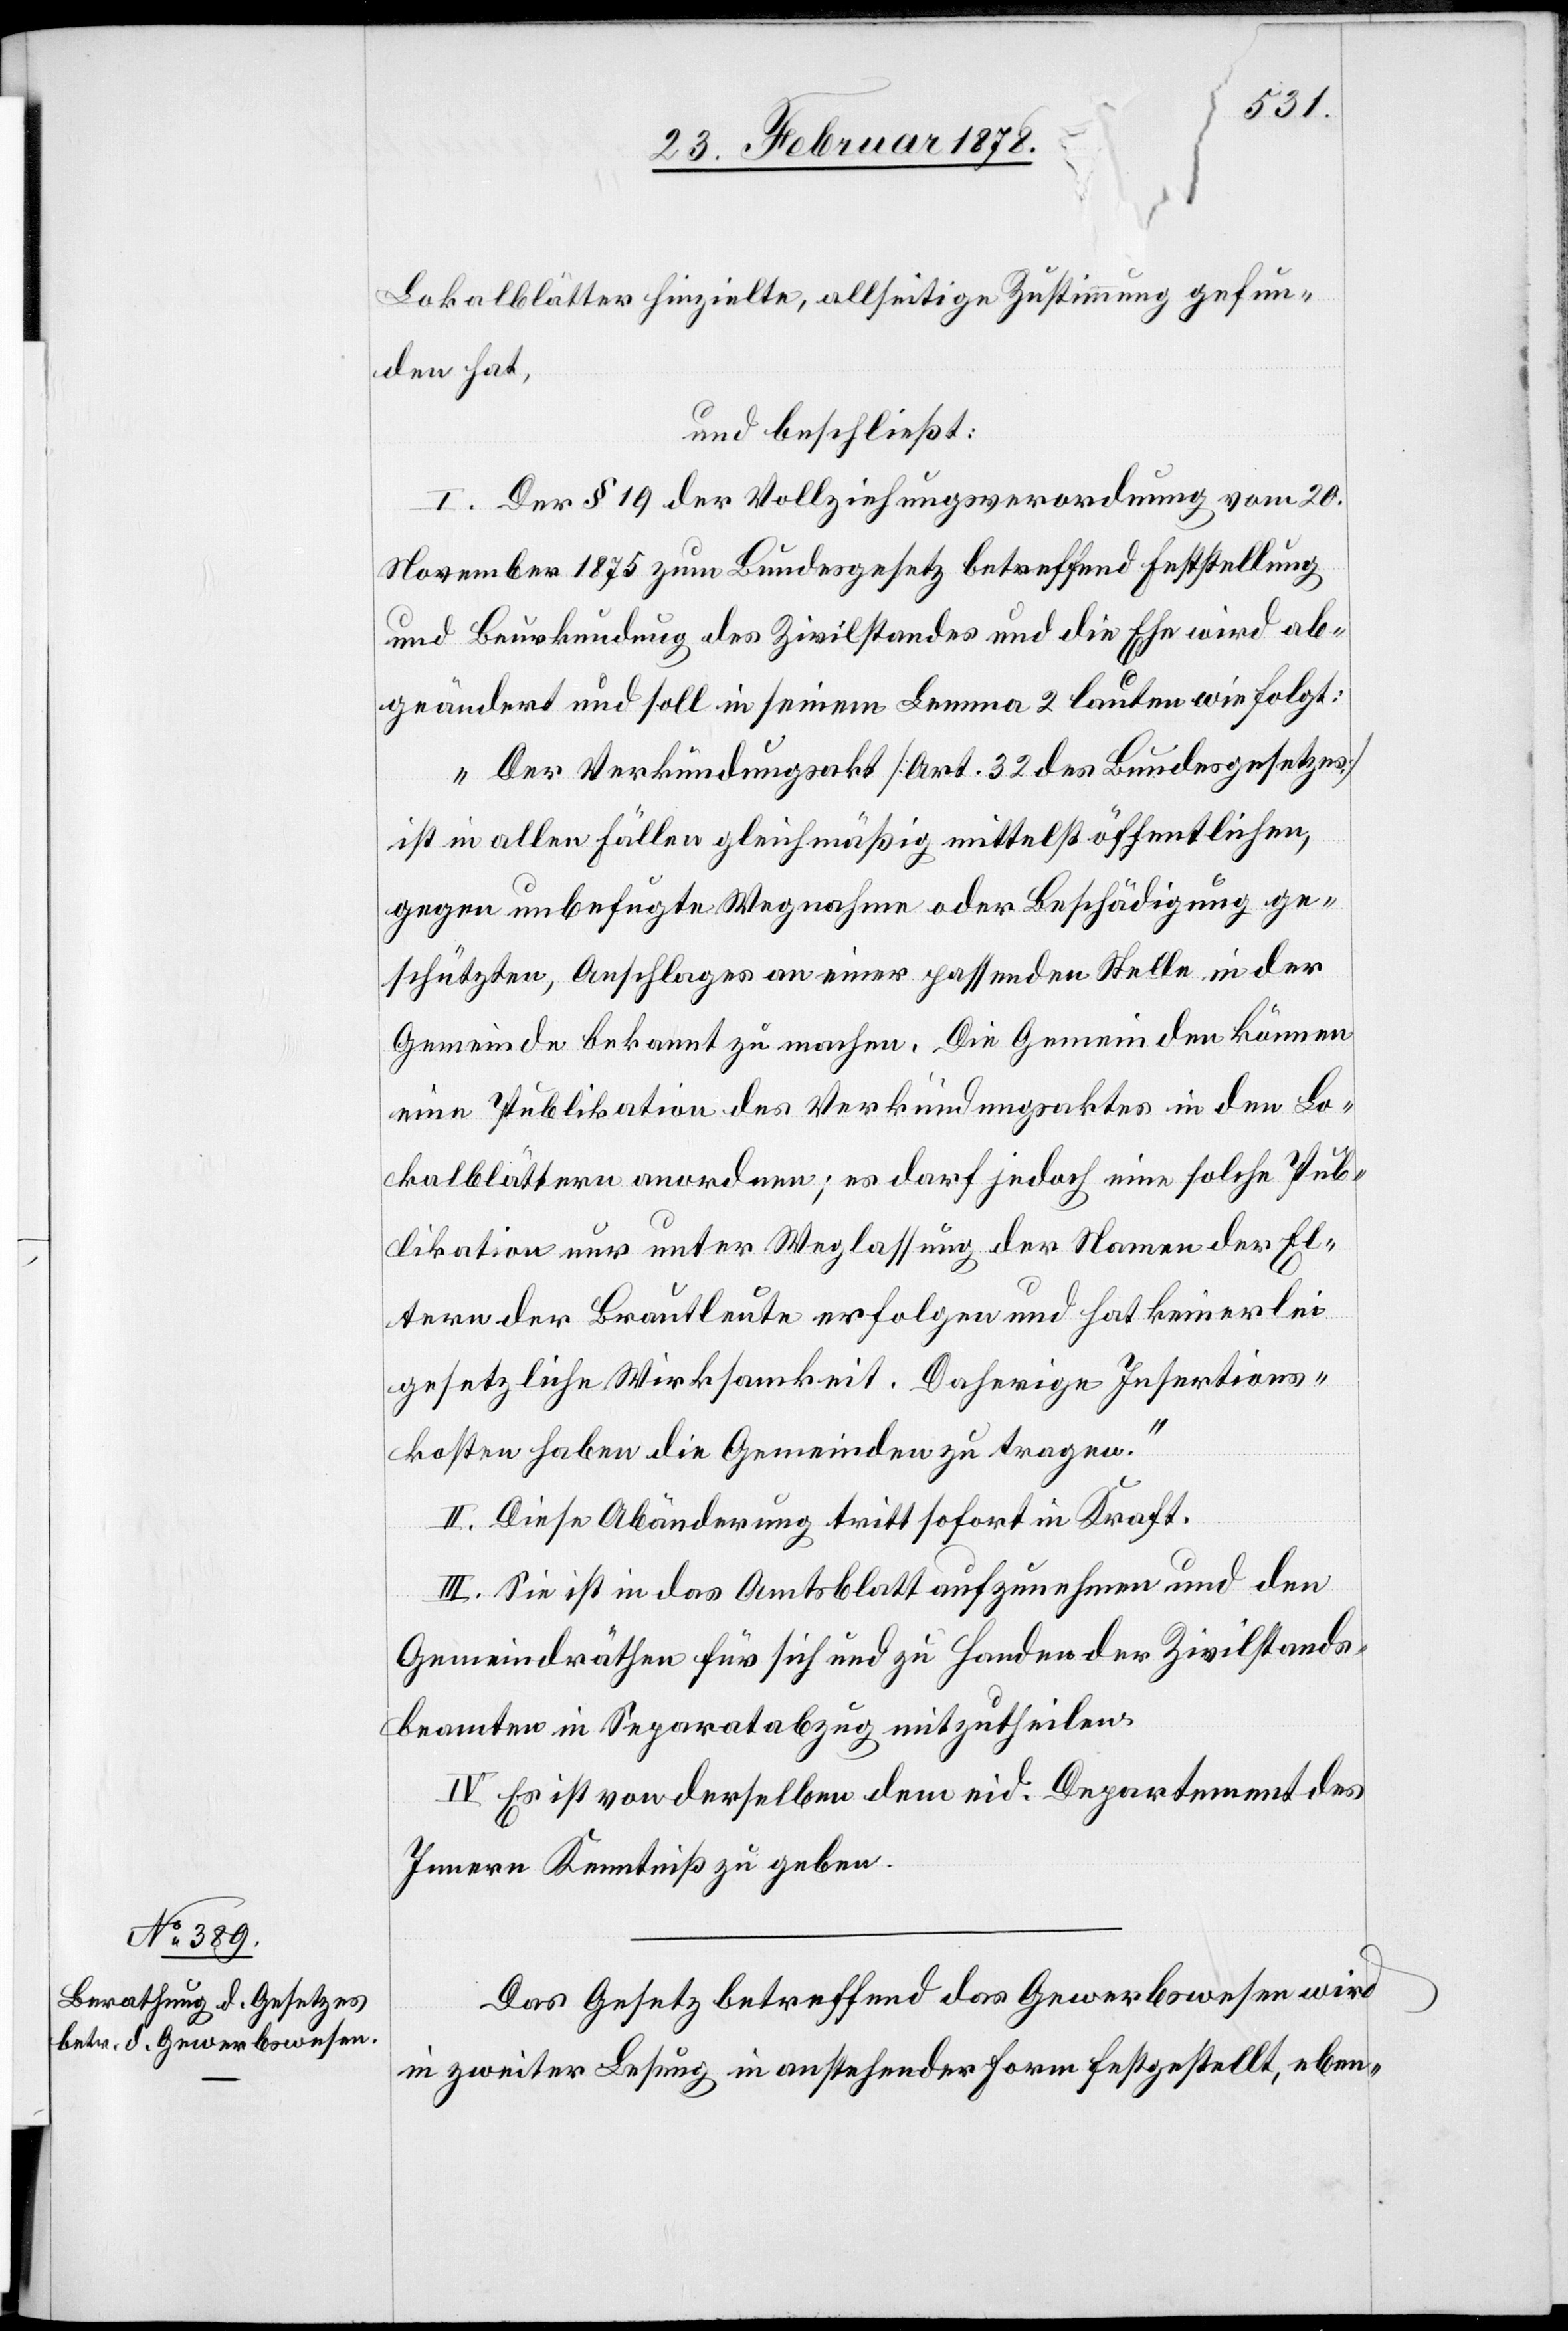
Lokalblätter hinzielte, allseitige Zustimmung gefun¬
den hat,
und beschließt:
I. Der § 19 der Vollziehungsverordnung vom 20.
November 1875 zum Bundesgesetz betreffend Feststellung
und Beurkundung des Zivilstandes und die Ehe wird ab¬
geändert und soll in seinem Lemma 2 lauten wie folgt:
„Der Verkündungsakt [Art. 32 des Bundesgesetzes]
ist in allen Fällen gleichmäßig mittelst öffentlichen,
gegen unbefugte Wegnahme oder Beschädigung ge¬
schützten, Anschlages an einer passenden Stelle in der
Gemeinde bekannt zu machen. Die Gemeinden können
eine Publikation des Verkündungsaktes in den Lo¬
kalblättern anordnen; es darf jedoch eine solche Pub¬
likation nur unter Weglassung der Namen der El¬
tern der Brautleute erfolgen und hat keinerlei
gesetzliche Wirksamkeit. Daherige Insertions¬
kosten haben die Gemeinden zu tragen.“
II. Diese Abänderung tritt sofort in Kraft.
III. Sie ist in das Amtsblatt aufzunehmen und den
Gemeindräthen für sich und zu Handen der Zivilstands¬
beamten in Separatabzug mitzutheilen.
IV. Es ist von derselben dem eid. Departement des
Innern Kenntniß zu geben.
Das Gesetz betreffend das Gewerbewesen wird
in zweiter Lesung in anstehender Form festgestellt, eben-